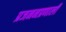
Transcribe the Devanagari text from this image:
प्रजननप्रणाली